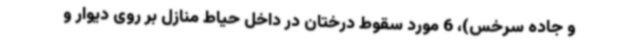
و جاده سرخس)، 6 مورد سقوط درختان در داخل حیاط منازل بر روی دیوار و